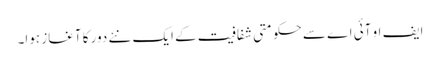
ایف او آئی اے سے حکومتی شفافیت کے ایک نئے دور کا آغاز ہوا۔